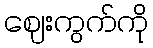
ဈေးကွက်ကို